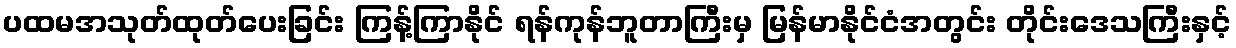
ပထမအသုတ်ထုတ်ပေးခြင်း ကြန့်ကြာနိုင် ရန်ကုန်ဘူတာကြီးမှ မြန်မာနိုင်ငံအတွင်း တိုင်းဒေသကြီးနှင့်